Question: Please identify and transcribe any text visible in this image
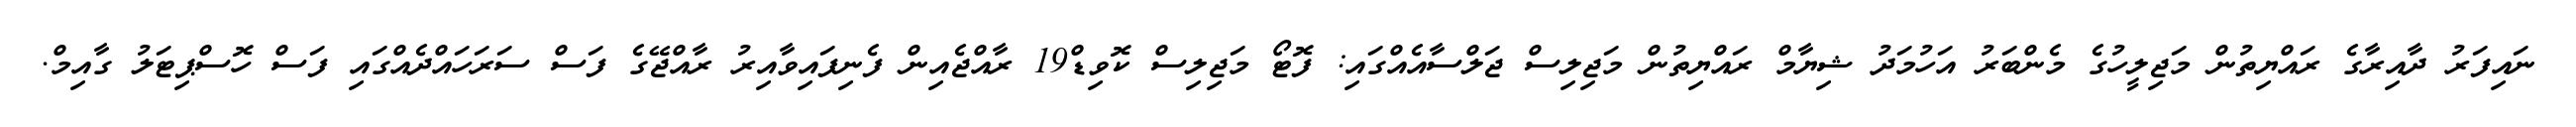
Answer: ނައިފަރު ދާއިރާގެ ރައްޔިތުން މަޖިލީހުގެ މެންބަރު އަހުމަދު ޝިޔާމް ރައްޔިތުން މަޖިލިސް ޖަލްސާއެއްގައި: ފޮޓޯ މަޖިލިސް ކޮވިޑް19 ރާއްޖެއިން ފެނިފައިވާއިރު ރާއްޖޭގެ ފަސް ސަރަހައްދެއްގައި ފަސް ހޮސްޕިޓަލު ގާއިމް.